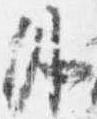
外